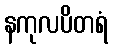
နကုလပိတရံ